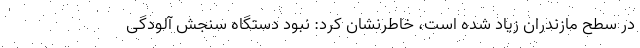
در سطح مازندران زیاد شده است، خاطرنشان کرد: نبود دستگاه سنجش آلودگی